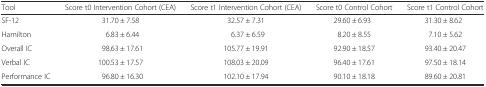
| Tool | Score t0 Intervention Cohort (CEA) | Score t1 Intervention Cohort (CEA) | Score t0 Control Cohort | Score t1 Control Cohort |
 | --- | --- | --- | --- | --- |
 | SF-12 | 31.70 ± 7.58 | 32.57 ± 7.31 | 29.60 ± 6.93 | 31.30 ± 8.62 |
 | Hamilton | 6.83 ± 6.44 | 6.37 ± 6.59 | 8.20 ± 8.55 | 7.10 ± 5.62 |
 | Overall IC | 98.63 ± 17.61 | 105.77 ± 19.91 | 92.90 ± 18.57 | 93.40 ± 20.47 |
 | Verbal IC | 100.53 ± 17.57 | 108.03 ± 20.09 | 96.40 ± 17.61 | 97.50 ± 18.14 |
 | Performance IC | 96.80 ± 16.30 | 102.10 ± 17.94 | 90.10 ± 18.18 | 89.60 ± 20.81 |